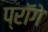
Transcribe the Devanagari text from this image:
प्रॉगे